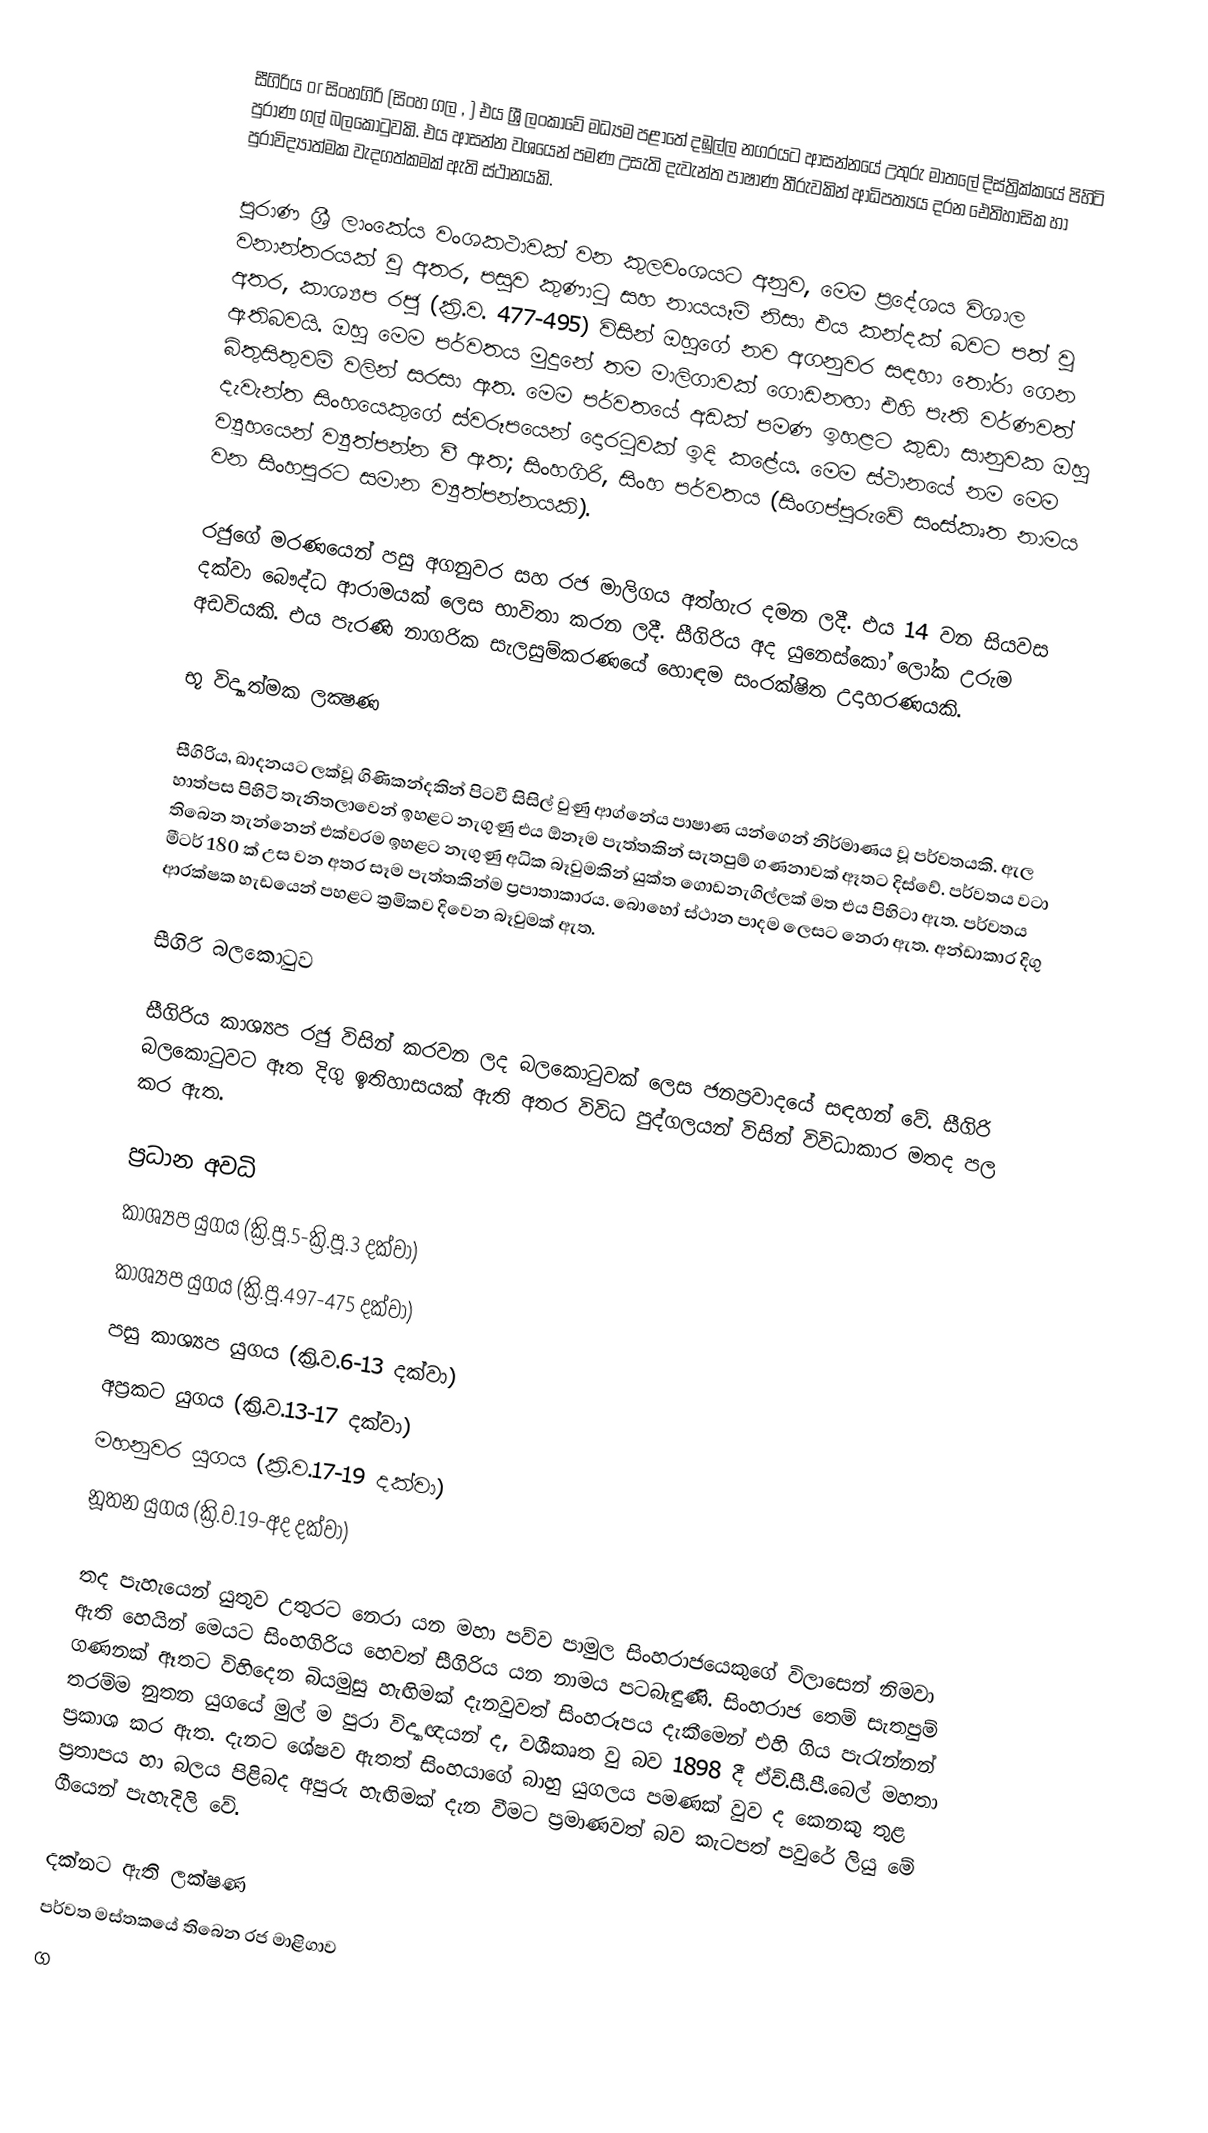
සීගිරිය or සිංහගිරි (සිංහ ගල , ) එය ශ්‍රී ලංකාවේ මධ්‍යම පළාතේ දඹුල්ල නගරයට ආසන්නයේ උතුරු මාතලේ දිස්ත්‍රික්කයේ පිහිටි පුරාණ ගල් බලකොටුවකි. එය ආසන්න වශයෙන්  පමණ උසැති දැවැන්ත පාෂාණ තීරුවකින් ආධිපත්‍යය දරන ඓතිහාසික හා පුරාවිද්‍යාත්මක වැදගත්කමක් ඇති ස්ථානයකි.

පුරාණ ශ්‍රී ලාංකේය වංශකථාවක් වන කුලවංශයට අනුව, මෙම ප්‍රදේශය විශාල වනාන්තරයක් වූ අතර, පසුව කුණාටු සහ නායයෑම් නිසා එය කන්දක් බවට පත් වූ අතර, කාශ්‍යප රජු (ක්‍රි.ව. 477-495) විසින් ඔහුගේ නව අගනුවර සඳහා තෝරා ගෙන ඇතිබවයි. ඔහු මෙම පර්වතය මුදුනේ තම මාලිගාවක් ගොඩනඟා එහි පැති වර්ණවත් බිතුසිතුවම් වලින් සරසා ඇත. මෙම පර්වතයේ අඩක් පමණ ඉහළට කුඩා සානුවක ඔහු දැවැන්ත සිංහයෙකුගේ ස්වරූපයෙන් දොරටුවක් ඉදි කළේය. මෙම ස්ථානයේ නම මෙම ව්‍යූහයෙන් ව්‍යුත්පන්න වී ඇත; සිංහගිරි, සිංහ පර්වතය (සිංගප්පූරුවේ සංස්කෘත නාමය වන සිංහපුරට සමාන ව්‍යුත්පන්නයකි).

රජුගේ මරණයෙන් පසු අගනුවර සහ රජ මාලිගය අත්හැර දමන ලදී. එය 14 වන සියවස දක්වා බෞද්ධ ආරාමයක් ලෙස භාවිතා කරන ලදී. සීගිරිය අද යුනෙස්කෝ ලෝක උරුම අඩවියකි. එය පැරණි නාගරික සැලසුම්කරණයේ හොඳම සංරක්ෂිත උදාහරණයකි.

භූ විද්‍යාත්මක ලක්‍ෂණ

සීගිරිය, ඛාදනයට ලක්වූ ගිණිකන්දකින් පිටවී සිසිල් වුණු ආග්නේය පාෂාණ යන්ගෙන් නිර්මාණය වූ පර්වතයකි. ඇල හාත්පස පිහිටි තැනිතලාවෙන් ඉහළට නැගුණු එය ඕනෑම පැත්තකින් සැතපුම් ගණනාවක් ඈතට දිස්වේ. පර්වතය වටා තිබෙන තැන්නෙන් එක්වරම ඉහළට නැගුණු අධික බෑවුමකින් යුක්ත ගොඩනැගිල්ලක් මත එය පිහිටා ඇත. පර්වතය මීටර් 180 ක් උස වන අතර සෑම පැත්තකින්ම ප්‍රපාතාකාරය. බොහෝ ස්ථාන පාදම ලෙසට නෙරා ඇත. අන්ඩාකාර දිගු ආරක්ෂක හැඩයෙන් පහළට ක්‍රමිකව දිවෙන බෑවුමක් ඇත.

සීගිරි බලකොටුව

සීගිරිය කාශ්‍යප රජු විසින් කරවන ලද බලකොටුවක් ලෙස ජනප්‍රවාදයේ සඳහන් වේ. සීගිරි බලකොටුවට ඈත දිගු ඉතිහාසයක් ඇති අතර විවිධ පුද්ගලයන් විසින් විවිධාකාර මතද  පල කර  ඇත.

ප්‍රධාන අවධි
කාශ්‍යප යුගය  (ක්‍රි.පූ.5-ක්‍රි.පූ.3 දක්වා)
කාශ්‍යප යුගය (ක්‍රි.පූ.497-475 දක්වා)
පසු කාශ්‍යප යුගය (ක්‍රි.ව.6-13 දක්වා)
අප්‍රකට යුගය (ක්‍රි.ව.13-17 දක්වා)
මහනුවර යුගය (ක්‍රි.ව.17-19 දක්වා)
නූතන යුගය (ක්‍රි.ව.19-අද දක්වා)

තද පැහැයෙන් යුතුව උතුරට නෙරා යන මහා පව්ව පාමුල සිංහරාජයෙකුගේ විලාසෙන් නිමවා ඇති හෙයින් මෙයට සිංහගිරිය හෙවත් සීගිරිය යන නාමය පටබැඳුණි. සිංහරාජ තෙම් සැතපුම් ගණනක් ඈතට විහිදෙන බියමුසු හැඟිමක් දැනවුවත් සිංහරූපය දැකීමෙන් එහි ගිය පැරැන්නන් තරම්ම නුතන යුගයේ මුල් ම පුරා විද්‍යාඥයන් ද, වශීකෘත වු බව 1898 දී ඒච්.සී.පී.බෙල් මහතා ප්‍රකාශ කර ඇත. දැනට ශේෂව ඇතත් සිංහයාගේ බාහු යුගලය පමණක් වුව ද කෙනකු තුළ ප්‍රතාපය හා බලය පිළිබද අපුරු හැඟිමක් දැන වීමට ප්‍රමාණවත් බව කැටපත් පවුරේ ලියු මේ ගීයෙන් පැහැදිලි වේ.

දක්නට ඇති ලක්ෂණ
 පර්වත මස්තකයේ තිබෙන රජ මාළිගාව
 ග